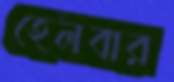
হেলবার